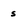
Character: s